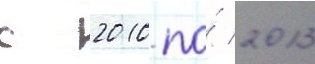
с 2010 по́ 2013